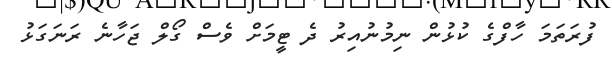
ފުރަތަމަ ހާފްގެ ކުޅުން ނިމުނުއިރު ދެ ޓީމަށް ވެސް ގޯލް ޖަހާނެ ރަނަގަޅު